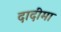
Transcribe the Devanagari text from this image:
दादीमा